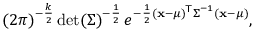
( 2 \pi ) ^ { - { \frac { k } { 2 } } } \operatorname* { d e t } ( { \boldsymbol { \Sigma } } ) ^ { - { \frac { 1 } { 2 } } } \, e ^ { - { \frac { 1 } { 2 } } ( \mathbf { x } - { \boldsymbol { \mu } } ) ^ { \! { \mathsf { T } } } { \boldsymbol { \Sigma } } ^ { - 1 } ( \mathbf { x } - { \boldsymbol { \mu } } ) } ,